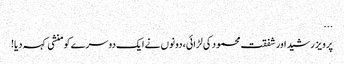
...
پرویز رشید اور شفقت محمود کی لڑائی، دونوں نے ایک دوسرے کو منشی کہہ دیا!